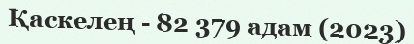
Қаскелең - 82 379 адам (2023)